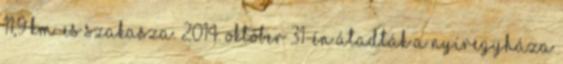
11,9 km-es szakasza. 2014. október 31-én átadták a Nyíregyháza